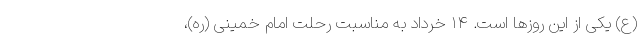
(ع) یکی از این روزها است. ۱۴ خرداد به مناسبت رحلت امام خمینی (ره)،